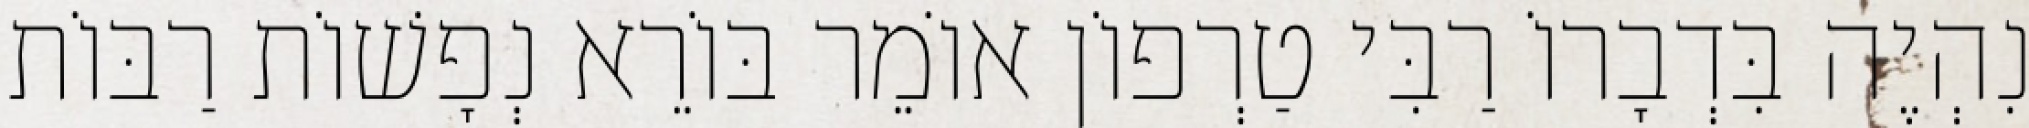
נִהְיֶה בִּדְבָרוֹ רַבִּי טַרְפוֹן אוֹמֵר בּוֹרֵא נְפָשׁוֹת רַבּוֹת